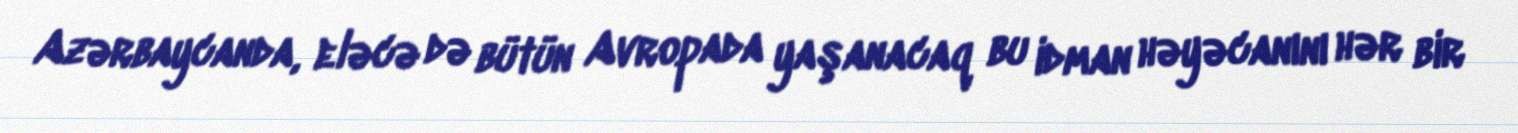
Azərbaycanda, eləcə də bütün Avropada yaşanacaq bu idman həyəcanını hər bir